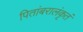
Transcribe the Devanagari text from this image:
पितांबरालंकृतं